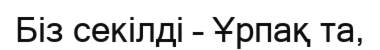
Біз секілді – Ұрпақ та,